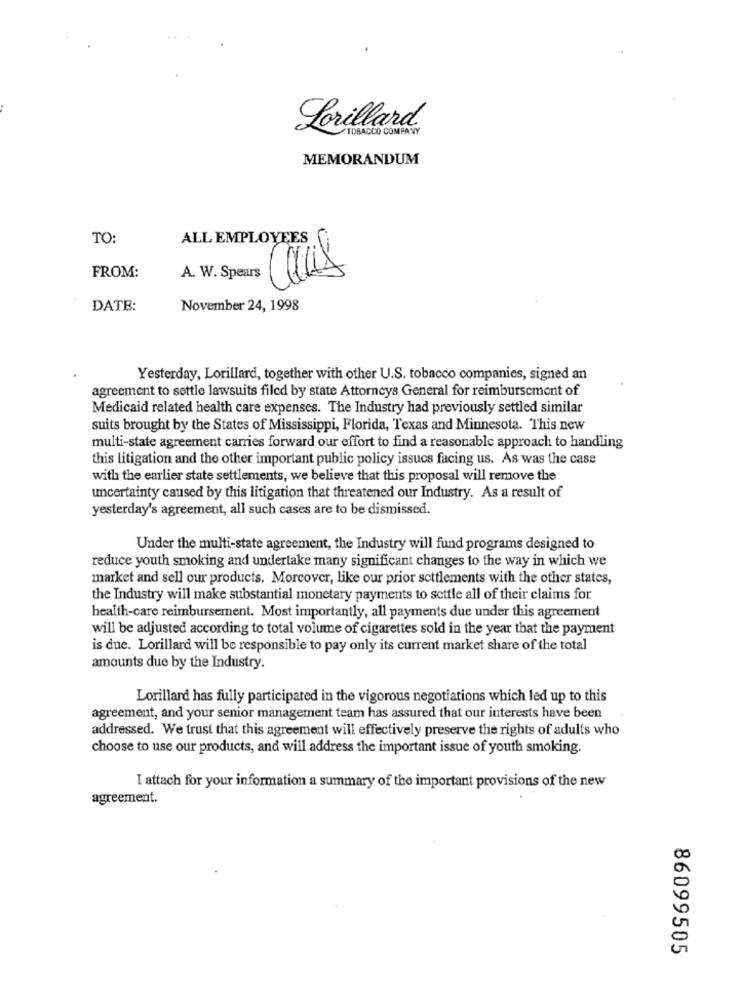
Lorillard
TOBACCO COMPANY
MEMORANDUM
TO:
ALL EMPLOYEES
Calls
FROM:
A. W. Spears
DATE:
November 24, 1998
Yesterday, Lorillard, together with other U.S. tobacco companies, signed an
agreement to settle lawsuits filed by state Attorneys General for reimbursement of
Medicaid related health care expenses. The Industry had previously settled similar
suits brought by the States of Mississippi, Florida, Texas and Minnesota. This new
multi-state agreement carries forward our effort to find a reasonable approach to handling
this litigation and the other important public policy issucs facing us. As was the case
with the earlier state settlements, we believe that this proposal will remove the
uncertainty caused by this litigation that threatened our Industry. As a result of
yesterday's agreement, all such cases are to be dismissed.
Under the multi-state agreement, the Industry will fund programs designed to
reduce youth smoking and undertake many significant changes to the way in which we
market and sell our products. Moreover, like our prior settlements with the other states,
the Industry will make substantial monetary payments to settle all of their claims for
health-care reimbursement. Most importantly, all payments due under this agreement
will be adjusted according to total volume of cigarettes sold in the year that the payment
is due. Lorillard will be responsible to pay only its current market share of the total
amounts due by the Industry.
Lorillard has fully participated in the vigorous negotiations which led up to this
agreement, and your senior management team has assured that our interests have been
addressed. We trust that this agreement will effectively preserve the rights of adults who
choose to use our products, and will address the important issue of youth smoking.
I attach for your information a summary of the important provisions of the new
agreement.
86099505